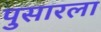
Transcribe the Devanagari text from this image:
पुसारला